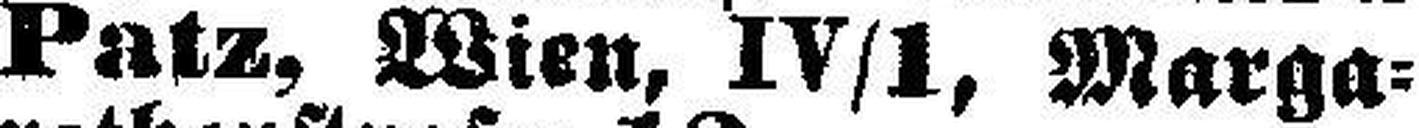
Patz, Wien, IV/1, Marga¬